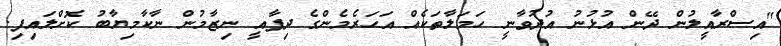
"އިސްރާއީލުން ދޭން އުޅުނު އުދުވާނީ ހަމަލާތަކެއް އަހަރެމެންގެ ދިފާއީ ނިޒާމުން ނާކާމިޔާބު ކޮށްލައިފި.